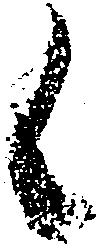
候